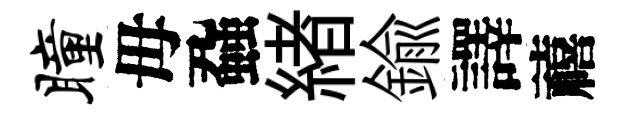
瞳母蝨緖鍮譯禧